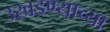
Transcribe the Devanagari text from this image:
उखडण्याच्या